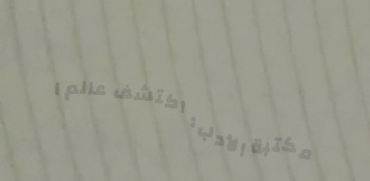
مكتبة الأدب: اكتشف عالم ا